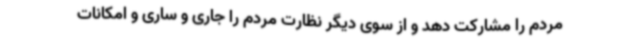
مردم را مشارکت دهد و از سوی دیگر نظارت مردم را جاری و ساری و امکانات